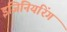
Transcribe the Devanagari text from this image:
इजिनियरिंग